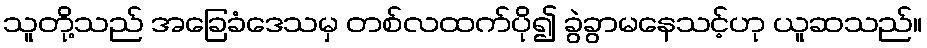
သူတို့သည် အခြေခံဒေသမှ တစ်လထက်ပို၍ ခွဲခွာမနေသင့်ဟု ယူဆသည်။